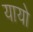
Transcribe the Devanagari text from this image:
यायो